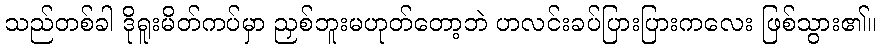
သည်တစ်ခါ ဒိုရူးမိတ်ကပ်မှာ ညှစ်ဘူးမဟုတ်တော့ဘဲ ပာလင်းခပ်ပြားပြားကလေး ဖြစ်သွား၏။